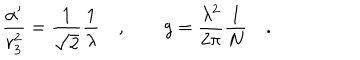
{ \frac { \alpha ^ { \prime } } { r _ { 3 } ^ { 2 } } } = { \frac { 1 } { \sqrt { 2 } } } { \frac { 1 } { \lambda } } \quad , \qquad g = { \frac { \lambda ^ { 2 } } { 2 \pi } } { \frac { 1 } { N } } \quad .